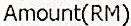
AMOUNT(RM)